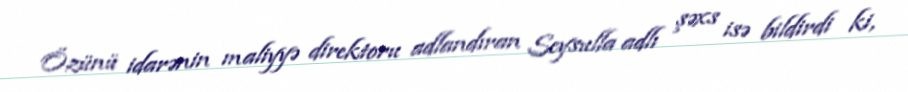
Özünü idarənin maliyyə direktoru adlandıran Seysulla adlı şəxs isə bildirdi ki,